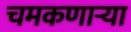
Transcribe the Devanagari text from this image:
चमकणार्‍या